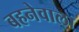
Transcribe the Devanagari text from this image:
बहनेवाला